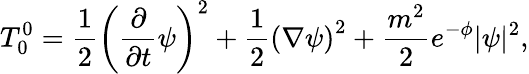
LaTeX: T_{0}^{0}=\frac{1}{2}\left(\frac{\partial}{\partial t}\psi\right)^{2}+\frac{1}{2}\left(\nabla\psi\right)^{2}+\frac{m^{2}}{2}e^{-\phi}|\psi|^{2},